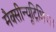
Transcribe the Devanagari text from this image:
मैक्सीन्यूट्रिशियन